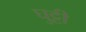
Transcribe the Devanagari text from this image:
घुट्टी